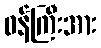
ဝန်ကြီးအား